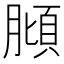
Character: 𱼖